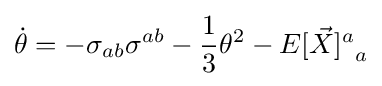
{\dot {\theta }}=-\sigma _{ab}\sigma ^{ab}-{\frac {1}{3}}\theta ^{2}-{E[{\vec {X}}]^{a}}_{a}